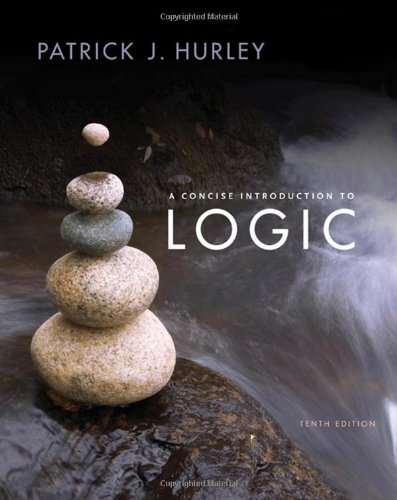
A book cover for A Concise Introduction to Logic; Patrick J. Hurley; Politics & Social Sciences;